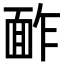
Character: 䩆